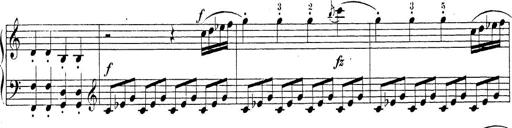
Title: Sonatina Album
Composer: Louis KÃ¶hler